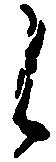
候